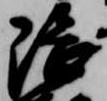
隈